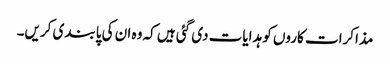
مذاکرات کاروں کو ہدایات دی گئی ہیں کہ وہ ان کی پابندی کریں۔